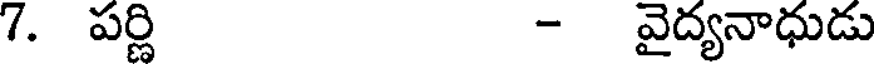
7. పర్ణి - వైద్యనాధుడు